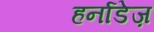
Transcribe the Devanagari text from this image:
हर्नाडेज़